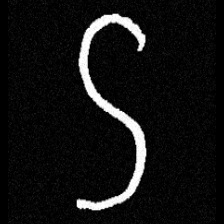
Pyu character \u2014 Myanmar letter: ဌ (romanized: ttha)